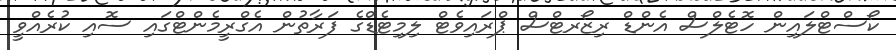
ކޯސްޓްލައިން ހޮޓެލްސް އެންޑް ރިޒޯރޓްސް ޕްރައިވެޓް ލިމިޓެޑްގެ ފަރާތުން އެގްރީމެންޓްގައި ސޮއި ކުރެއްވީ